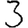
Digit: 3